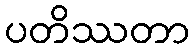
ပတိဿတာ